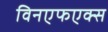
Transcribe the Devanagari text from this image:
विनएफएक्स